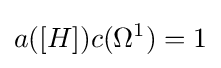
a([H])c(\Omega ^{1})=1